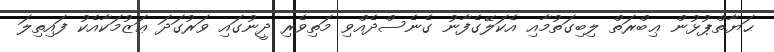
ޙަޔާތްޕުޅުން ޢިބްރަތް ލިބިގަތުމާއި އެކަލޭގެފާނު ގެނެސްދެއްވި މަތިވެރި ދީނުގައި ވަރުގަދަ ޢަޒުމަކާއެކު ފައިތިލަ